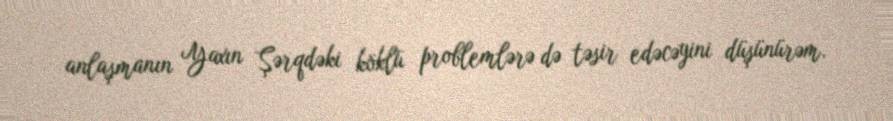
anlaşmanın Yaxın Şərqdəki köklü problemlərə də təsir edəcəyini düşünürəm.